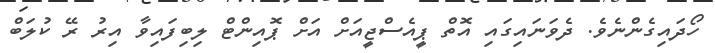
ހޯދައިގެންނެވެ. ދެވަނައިގައި އޮތް ޕީއެސްޖީއަށް އަށް ޕޮއިންޓް ލިބިފައިވާ އިރު ރޭ ކުލަބް